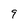
Character: 9